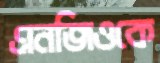
এনজিওকে